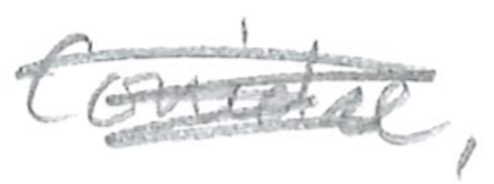
Text: Conidae,
Cross-out: scratch
Writing tool: pencil